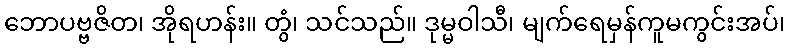
ဘောပဗ္ဗဇိတ၊ အိုရဟန်း။ တွံ၊ သင်သည်။ ဒုမ္မဝါသီ၊ မျက်ရေမှန်ကူမကွင်းအပ်၊